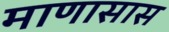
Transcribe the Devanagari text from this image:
माणासास